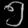
Digit: ၅